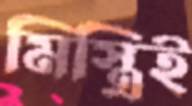
মিস্ত্রিই